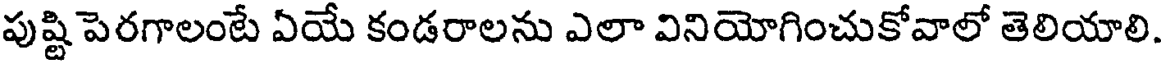
పుష్టి పెరగాలంటే ఏయే కండరాలను ఎలా వినియోగించుకోవాలో తెలియాలి.